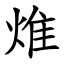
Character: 焳